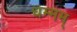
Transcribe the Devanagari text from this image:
धम्मम्